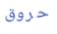
حروق